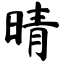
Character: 晴